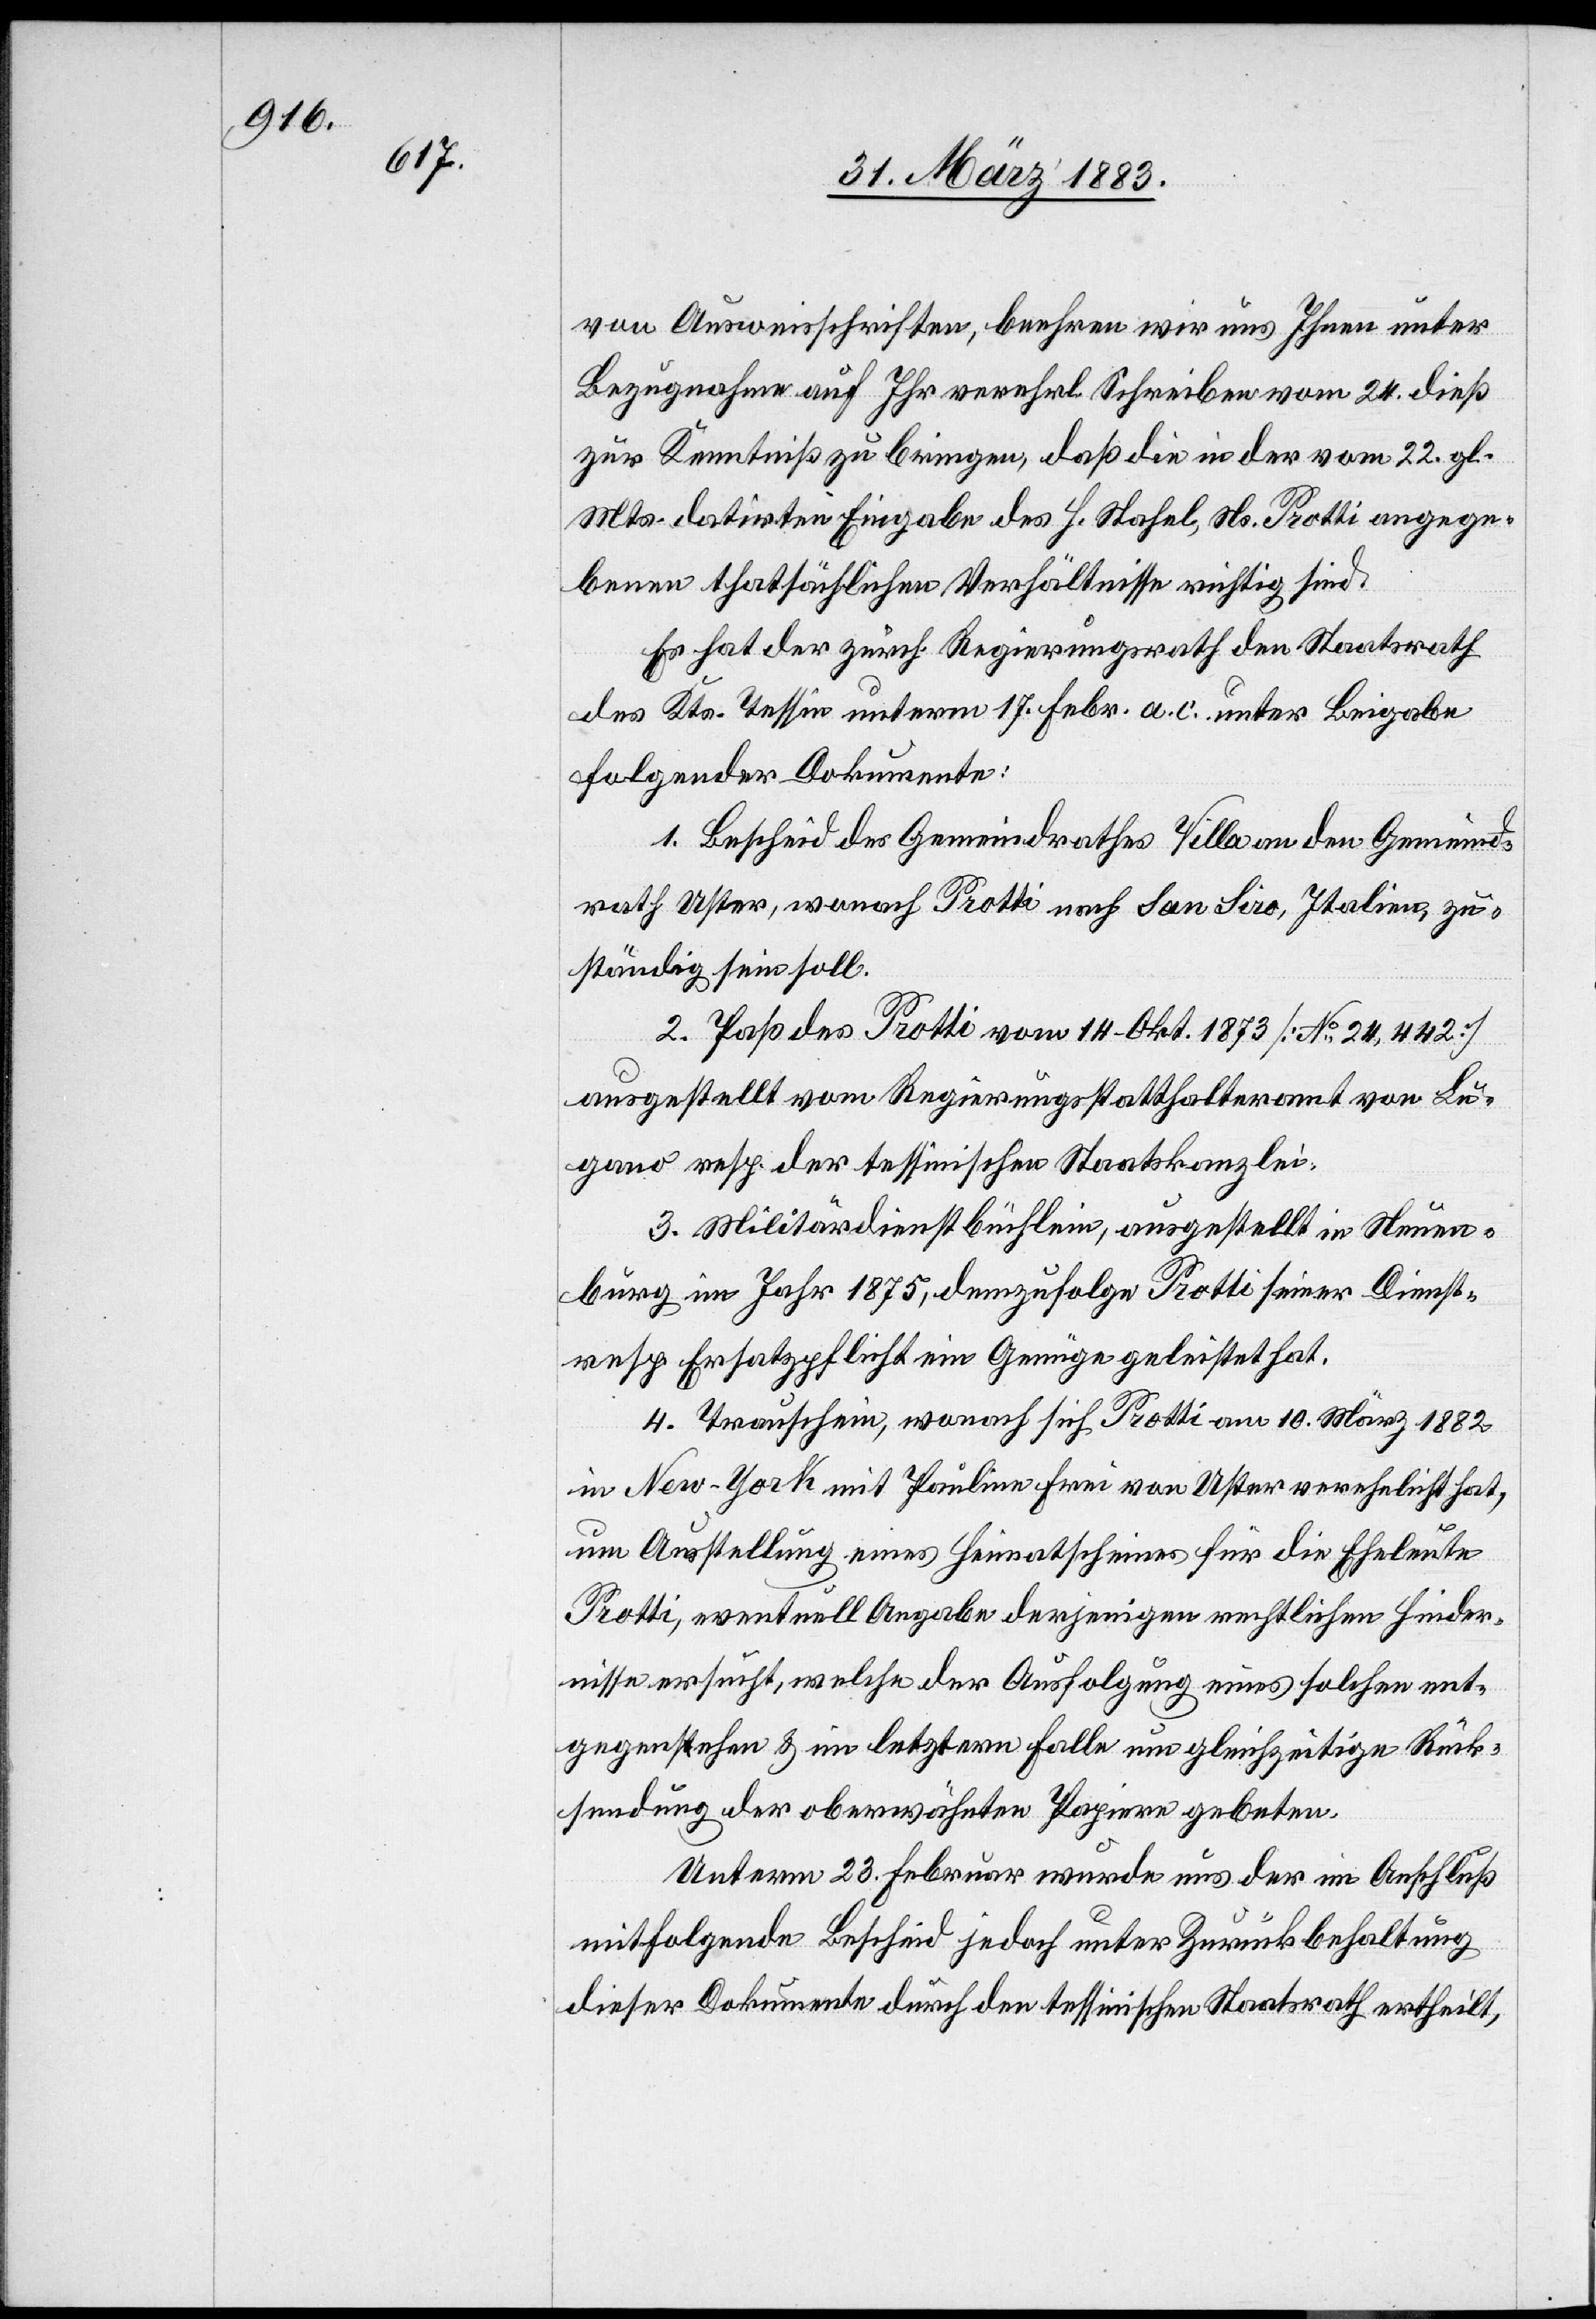
von Ausweisschriften, beehren wir uns Ihnen unter
Bezugnahme auf Ihr verehrl. Schreiben vom 24. dieß
zur Kenntniß zu bringen, daß die in der vom 22. gl.
Mts. datirten Eingabe des H. Stahel, Ns. Protti angege¬
benen thatsächlichen Verhältnisse richtig sind.
Es hat der zürch. Regierungsrath den Staatsrath
des Kts. Tessin unterm 17. Febr. a. c. unter Beigabe
folgender Dokumente:
1. Bescheid des Gemeindrathes Villa an den Gemeind¬
rath Uster, wonach Protti nach San Siro, Italien, zu¬
ständig sein soll.
2. Paß des Protti vom 14. Okt. 1873 [No 24,442]
ausgestellt vom Regierungsstatthalteramt von Lu¬
gano resp. der tessinischen Staatskanzlei.
3. Militärdienstbüchlein, ausgestellt in Neuen¬
burg im Jahr 1875, demzufolge Protti seiner Dienst-
resp. Ersatzpflicht ein Genüge geleistet hat,
4. Trauschein, wonach sich Protti am 10. März 1882
in New-York mit Pauline Frei von Uster verehelicht hat,
um Ausstellung eines Heimatscheines für die Eheleute
Protti, eventuell Angabe derjenigen rechtlichen Hinder¬
nisse ersucht, welche der Ausfolgung eines solchen ent¬
gegenstehen & im letztern Falle um gleichzeitige Rück¬
sendung der oberwähnten Papiere gebeten.
Unterm 23. Februar wurde uns der im Anschluß
mitfolgende Bescheid jedoch unter Zurückbehaltung
dieser Dokumente durch den tessinischen Staatsrath ertheilt,